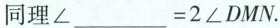
同理$$∠ ___ = 2 ∠ D M N$$.